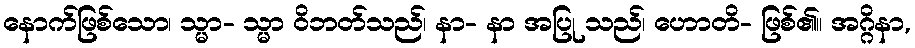
နောက်ဖြစ်သော၊ သ္မာ- သ္မာ ဝိဘတ်သည်၊ နာ- နာ အပြု သည်၊ ဟောတိ- ဖြစ်၏။ အဂ္ဂိနာ,